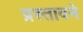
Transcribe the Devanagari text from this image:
प्रस्तावने